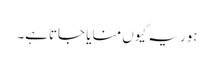
ہور یہ کیوں منایا جاتاہے۔